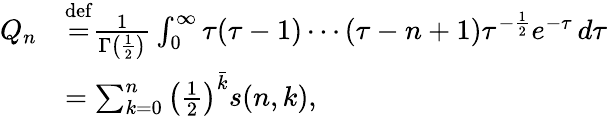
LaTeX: {\begin{array}{rl}{Q_{n}}&{{\overset{\mathrm{def}}{=}}{\frac{1}{\Gamma\left({\frac{1}{2}}\right)}}\int_{0}^{\infty}\tau(\tau-1)\cdots(\tau-n+1)\tau^{-{\frac{1}{2}}}e^{-\tau}\, d\tau}\\ &{=\sum_{k=0}^{n}\left({\frac{1}{2}}\right)^{\bar{k}}s(n,k),}\end{array}}